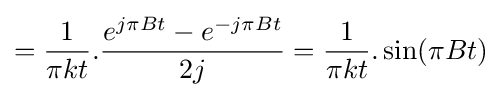
={\frac {1}{\pi kt}}.{\frac {e^{j\pi Bt}-e^{-j\pi Bt}}{2j}}={\frac {1}{\pi kt}}.\sin(\pi Bt)